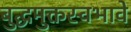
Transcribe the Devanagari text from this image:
बुद्धमुक्तस्वभावे